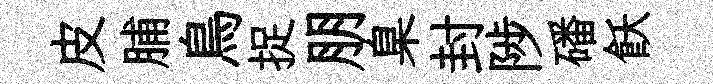
皮脯鳥捉朋臬封陟磻飫